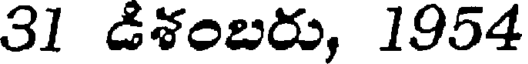
31 డిశంబరు, 1954